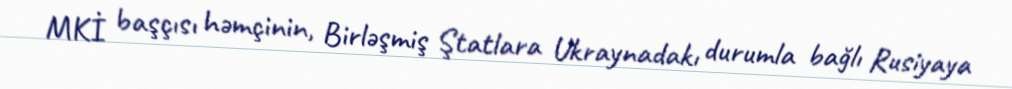
MKİ başçısı həmçinin, Birləşmiş Ştatlara Ukraynadakı durumla bağlı Rusiyaya